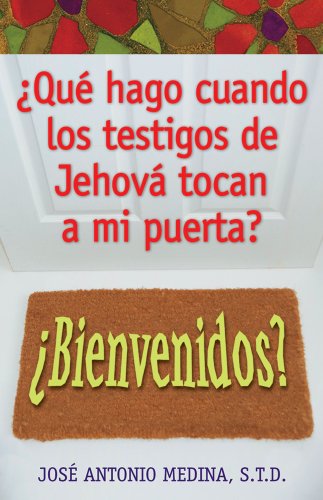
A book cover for Que Hago Cuando Los Testigos De Jehova Tocan a Mi Puerta? (Spanish Edition); Jose Antonio Medina; Christian Books & Bibles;